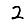
Digit: 2